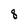
Character: 8